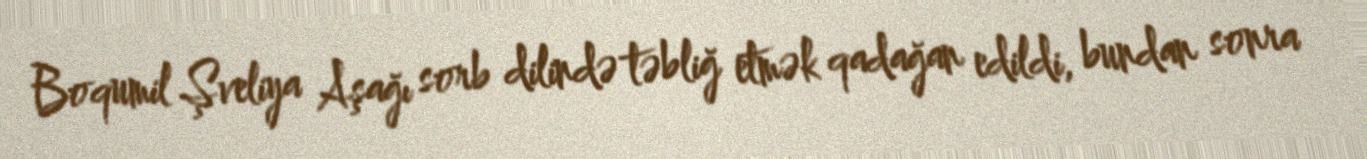
Boqumil Şveliya Aşağı sorb dilində təbliğ etmək qadağan edildi, bundan sonra